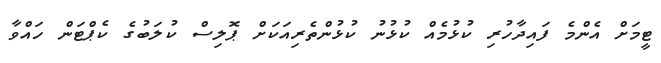
ޓީމަށް އެންމެ ފައިދާހުރި ކުޅުމެއް ކުޅުނު ކުޅުންތެރިއަކަށް ޕޮލިސް ކުލަބުގެ ކެޕްޓަން ހައްވާ